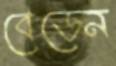
বেডেন